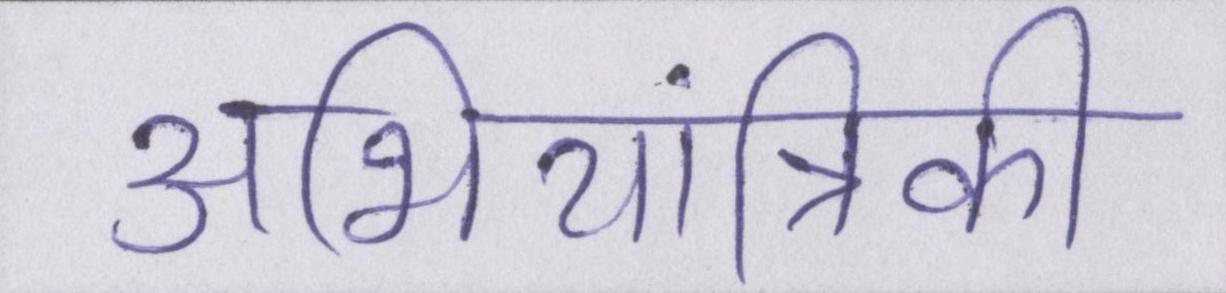
अभियांत्रिकी